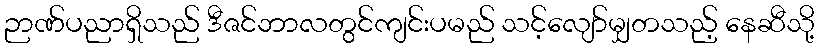
ဉာဏ်ပညာရှိသည် ဒီဇင်ဘာလတွင်ကျင်းပမည် သင့်လျော်မျှတသည့် နေဆီသို့